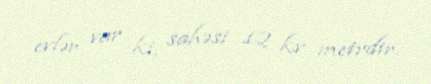
evlər var ki, sahəsi 12 kv metrdir.